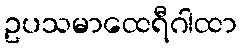
ဥပသမာထေရီဂါထာ